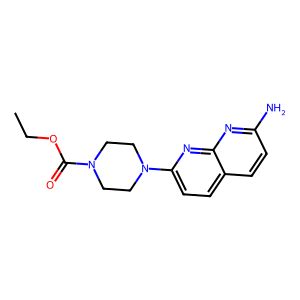
SMILES: CCOC(=O)N1CCN(c2ccc3ccc(N)nc3n2)CC1
Inhibits HIV replication: No